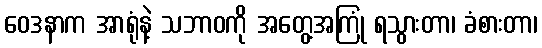
ဝေဒနာက အာရုံနဲ့ သဘာဝကို အတွေ့အကြုံ ရသွားတာ၊ ခံစားတာ၊